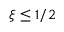
\xi \leq 1 / 2